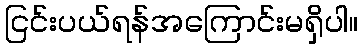
ငြင်းပယ်ရန်အကြောင်းမရှိပါ။